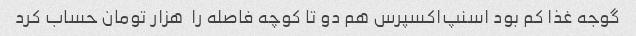
گوجه غذا کم بود اسنپ‌اکسپرس هم دو تا کوچه فاصله را  هزار تومان حساب کرد